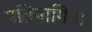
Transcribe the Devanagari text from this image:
प्रतियागिता